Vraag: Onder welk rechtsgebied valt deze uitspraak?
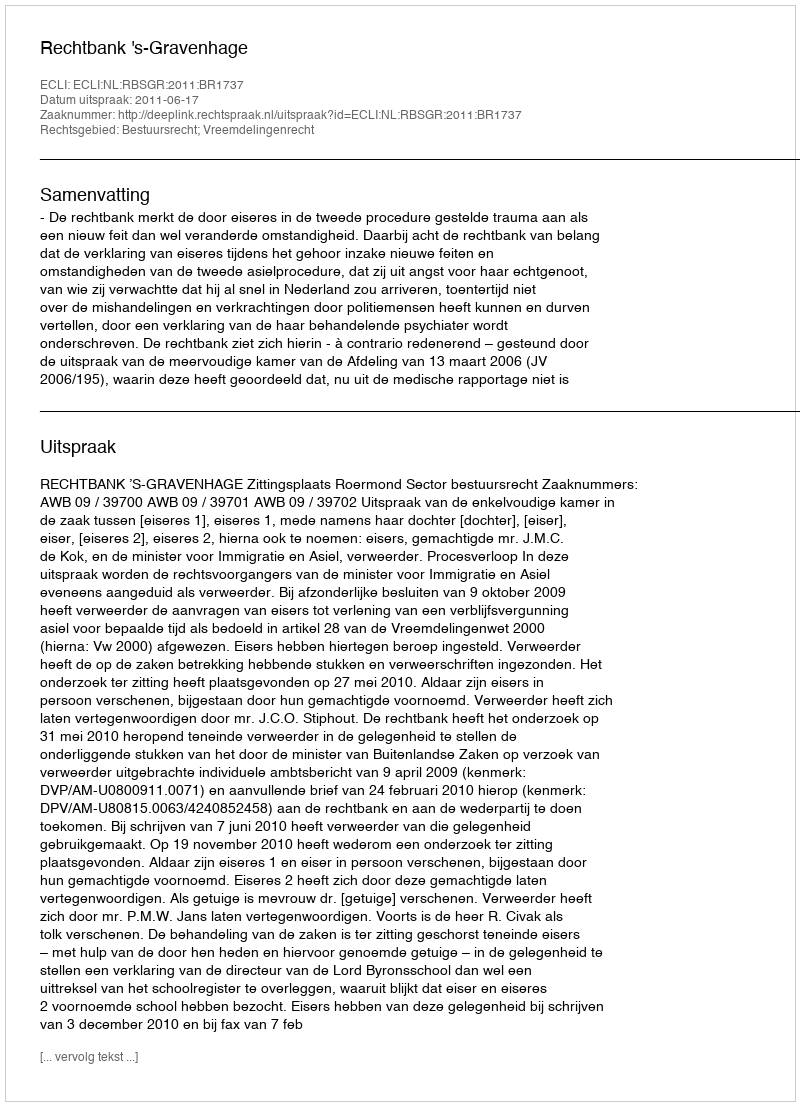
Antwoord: Bestuursrecht; Vreemdelingenrecht